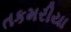
તકમરીયા